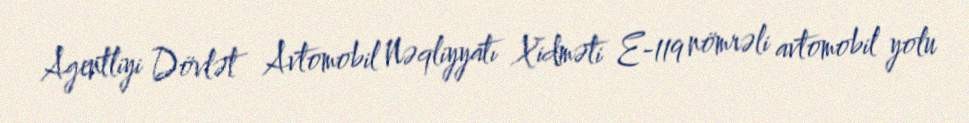
Agentliyi Dövlət Avtomobil Nəqliyyatı Xidməti E-119 nömrəli avtomobil yolu